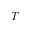
T